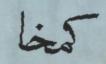
كمخا